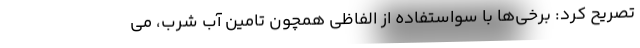
تصریح کرد: برخی‌ها با سواستفاده از الفاظی همچون تامین آب شرب، می‌